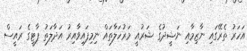
އަހަރު ތެރޭގައި ނާޒިމާއި ނަޝީދުގެ ޝަރުއީ މަރުހަލާތައް ނިމިފައިވާއިރު އަދާލަތު ޕާޓީގެ ރައީސް